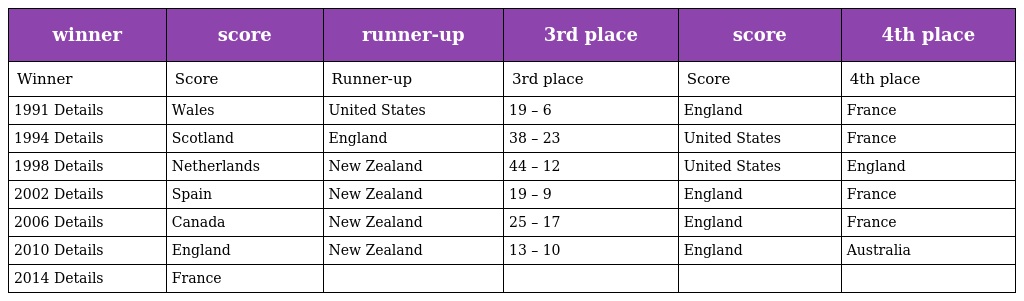
| winner | score | runner-up | 3rd place | score | 4th place |
 | --- | --- | --- | --- | --- | --- |
 | Winner | Score | Runner-up | 3rd place | Score | 4th place |
 | 1991 Details | Wales | United States | 19 – 6 | England | France |
 | 1994 Details | Scotland | England | 38 – 23 | United States | France |
 | 1998 Details | Netherlands | New Zealand | 44 – 12 | United States | England |
 | 2002 Details | Spain | New Zealand | 19 – 9 | England | France |
 | 2006 Details | Canada | New Zealand | 25 – 17 | England | France |
 | 2010 Details | England | New Zealand | 13 – 10 | England | Australia |
 | 2014 Details | France |  |  |  |  |